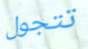
تتجول